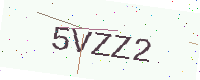
Text: 5VZZ2